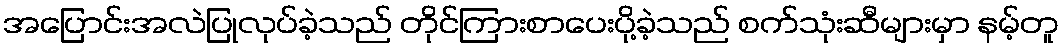
အပြောင်းအလဲပြုလုပ်ခဲ့သည် တိုင်ကြားစာပေးပို့ခဲ့သည် စက်သုံးဆီများမှာ နမ့်တူ